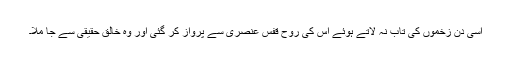
اُسی دن زخموں کی تاب نہ لاتے ہوئے اس کی روح قفسِ عنصری سے پرواز کر گئی اور وہ خالقِ حقیقی سے جا ملا۔